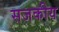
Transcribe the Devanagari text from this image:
सजकीय